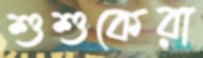
শুশুকেরা